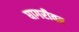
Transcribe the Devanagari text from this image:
घागरीवर